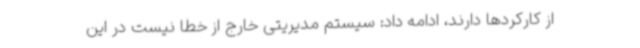
از کارکردها دارند، ادامه داد: سیستم مدیریتی خارج از خطا نیست در این